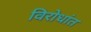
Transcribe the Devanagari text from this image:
विरोधांत